Vital statistics of India. Vol. IV, Annual returns from 1871 to 1876. British Army of India, Native Army and jails of Bengal
Year: 1871
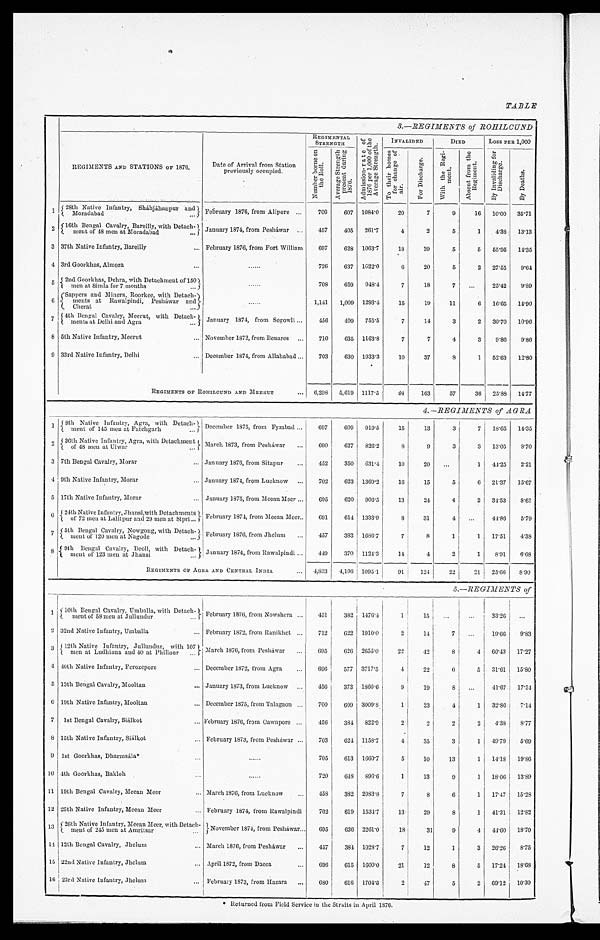
TABLE
3.—REGIMENTS of ROHILCUND
REGIMENTS AND STATIONS OF 1876.
Date of Arrival from Station
previ ousl y occupi ed.
REGIMENTAL STRENGTH A d mi s s i o n - r a t e o f
1 8 7 6 p e r 1 , 0 0 0 o f t h e
A v e r a g e S t r e n g t h . INVALIDED
DIED
LOSS PER 1, 000
N u m b e r b o r n e o n
t h e R o l l .
Av e r a g e S t r e n g t h
p r e s e n t d u r i n g
1876.
To t h e i r h o me s
f o r c h a n g e o f
air.
F o r D i s c h a r g e . W i t h t h e r e g i -
m e n t .
A b s e n t f r o m t h e
R e g i m e n t .
B y I n v a l i d i n g f o r
D i s c h a r g e .
B y D e a t h s .
1 28th Native Infantry, Sháhjáhanpur and
Moradabad
February 1876, from Alipore 700 607 1084.0 20
7
9 16 10.00 35.71
2
1 6 t h B e n g a l C a v a l r y , B a r e i l l y , w i t h D e t a c h -
m e n t o f 4 8 m e n a t M o r a d a b a d January 1874, from Pesháwar
457 405 261.7
4
2
5
1 4.38 13.13
3 37th Native Infantry, Bareilly February 1876, from Fort William 697 628 1063.7 18 39
5
5 55.95 14.35
4 3rd Goorkhas, Almora
726 637 1622.0
6 20
5
2 27.55 9.64
5 2nd Goorkhas, Dehra, with Detachment of 150 m e n a t S i m l a f o r 7 m o n t h s
708 659 948.4 7 18
7
25.42 9.89
6
S a p p e r s a n d M i n e r s , R o o r k e e , w i t h D e t a c h -
me n t s a t R a wa l p i n d i , P e s h á wa r a n d
Cherat
1, 141 1,009 1293.4 15 19 11
6 16.65 14.90
7 4th Bengal Cavalry, Meerut, with Detach-
ments at Delhi and Agra
January 1874, from Segowli
456 409 755.5
7 14
3
2 30.70 10.96
8 5th Native Infantry, Meerut
November 1872, from Benares
710 635 1163.8
7
7
4
3 9.86 9.86
9 33rd Native Infantry, Delhi
December 1874, from Allahabad
703 630 1933.3 10 37
8
1 52.63 12.80
REGIMENTS OF ROHILCUND AND MEERUT 6,298 5,619 1117.5
94
163 57 36 25.88 14.77
4.—REGIMENTS of AGRA
1
8th Native Infantry, Agra, with Detach-
ment of 145 men at Fatehgarh December 1875, from Fyzabad 697 609 919.5 15 13
3
7 18. 65 14.35
2 36th Native Infantry, Agra, w
ith Detachment
of 48 men at Ulwar
March 1873, from Pesháwar
690 627 826.2 8
9
3 3 13. 05 8.70
3 7th Bengal Cavalry, Morar
January 1876, from Sitapur
452 350 631.4 10 20
1 44.25 2.21
4 9th Native Infantry, Morar
January 1874, from Lucknow
702 623 1369.2 16 15
5
6 21.37 15.67
5 17th Native Infantry, Morar
January 1875, from Meean Meer 695 620 906.5 13 24
4
2 34.53 8.63
6 24th Native Infantry, Jhansi, with Detachments
of 72 men at Lalitpur and 29 men at Sipri February 1874, from Meean Meer 691 614 1333.9
8 31
4
44.86 5.79
7 5th Bengal Cavalry, Nowgong, with Detach-
ment of 120 men at Nagode February 1876, from Jhelum
457 383 1686.7
7
8
1
1 17.51 4.38
8 9th Bengal Cavalry, Deoli, with Detach-
ment of 123 men at Jhansi January 1874, from Rawalpindi 449 370 1124.3 14
4
2
1 8. 91 6.68
REGIMENTS OF AGRA AND CENTRAL INDIA 4,833 4,196 1095.1 91 124 22
2 1 25.66 8.90
5.—REGIMENTS of
1
10th Bengal Cavalry, Umballa, with Detach-
ment of 53 men at Jullundur
February 1876, from Nowshera
451 382 1476.4
1 15
33.26
2 32nd Native Infantry, Umballa
February 1872, from Ranikhet
712 622 1910.0
2 14
7
19.66 9 . 8 3
3
12th Native Infantry, Jullundur, with 107
men at Ludhiana and 40 at Phillour March 1876, from Pesháwar
695 626 2655.0 22 42
8
4 60.43 17. 27
4 40th Native Infantry, Ferozepore
December 1872, from Agra
696 577 3717.5
4 22
6 5 31.61 15. 80
5 13th Bengal Cavalry, Mooltan
January 1873, from Lucknow
456 373 1860.6 9 19
8
41.67
1 7 . 5 4
6
19th Native Infantry, Mooltan
December 1875, from Talagaon 700 609 3009.8
1
2 3 4
1 32.86 7 . 1 4
7 1st Bengal Cavalry, Siálkot
February 1876, from Cawnpore
456 384 822.9
2
2
2
2 4.38 8.77
8 15th Native Infantry, Siálkot
February 1873, from Peshawar
703 624 1158.7
4 35
3
1 49.79 5 . 6 9
9 1st Goorkhas, Dharmsála*
705 613 1660.7
5 10 13
1 14.18 19. 86
10 4th Goorkhas, Bakloh
720
6 4 8 896.6 1 13
9
1 18.06 1 3 . 8 9
1 1
19th Bengal Cavalry, Meean Meer March 1876, from Lucknow
458 382 2083.8 7
8
6
1 17.47 15. 28
12 25th Native Infantry, Meean Meer February 1874, from Rawalpindi 702 619 1534.7 13 29
8
1 41.31 1 2 . 8 2
1 3 26th Native Infantry, Meean Meer, with Detach-
ment of 245 men at Amritsar
November 1874, from Pesháwar 695 636 2261.0 18
31 9
4 44.60 1 8 . 7 0
1 4
12th Bengal Cavalry, Jhelum March 1876, from Pesháwar 457 384 1028.7
7 12
1
3 26.26 8 . 7 5
15 22nd Native Infantry, Jhelum
April 1872, from Dacca
696 615 1600.0 21
1 2 8
5 17.24 1 8 . 6 8
1 6
23rd Native Infantry, Jhelum
February 1873, from Hazara 680 616 1704.6
2 47
5
2 69.12 1 0 . 3 0